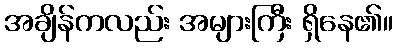
အချိန်ကလည်း အများကြီး ရှိနေ၏။